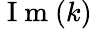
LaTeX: \mathrm{~I~m~}(k)